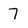
Character: 7